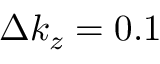
\Delta k _ { z } = 0 . 1